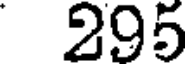
295